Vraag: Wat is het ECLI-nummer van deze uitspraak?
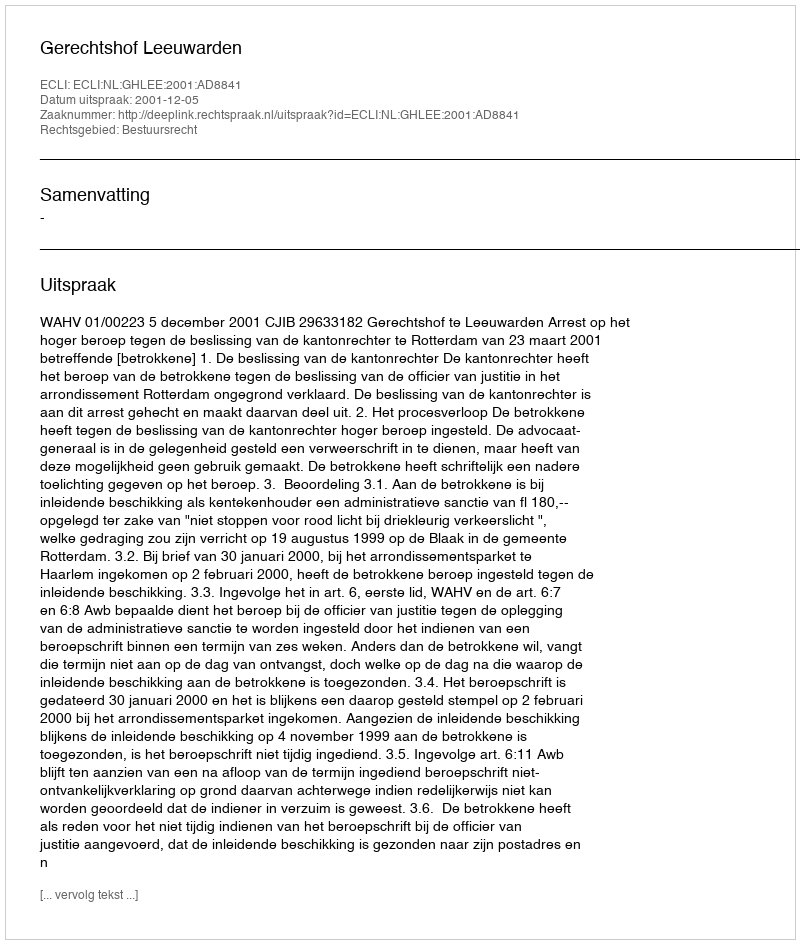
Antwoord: ECLI:NL:GHLEE:2001:AD8841